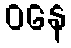
ဝနေ